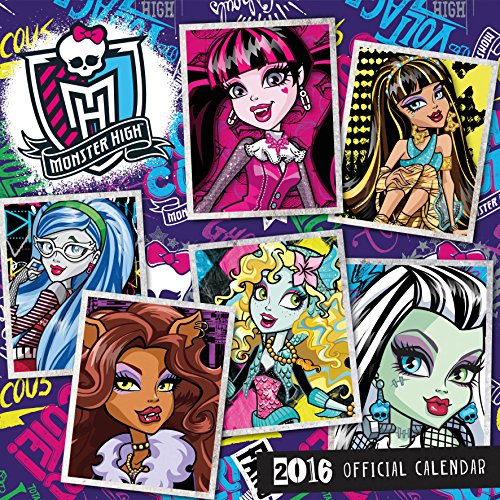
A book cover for The Official Monster High 2016 Square Calendar; Calendars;